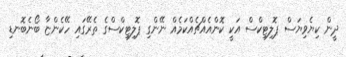
ދީން ކިޔެވިޔަސް ޕޮލިޓިކްސް އަކީ ކޮންއެއްޗެއްކަމެއް ނޭންގި ޕޮލިޓިކްސްގެ ތެރޭގައި ހޭކެންޏާ ބޯނެބޮނޑި